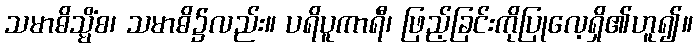
သမာဓိသ္မိံစ၊ သမာဓိ၌လည်း။ ပရိပူကာရီ၊ ဖြည့်ခြင်းကိုပြုလေ့ရှိ၏ဟူ၍။